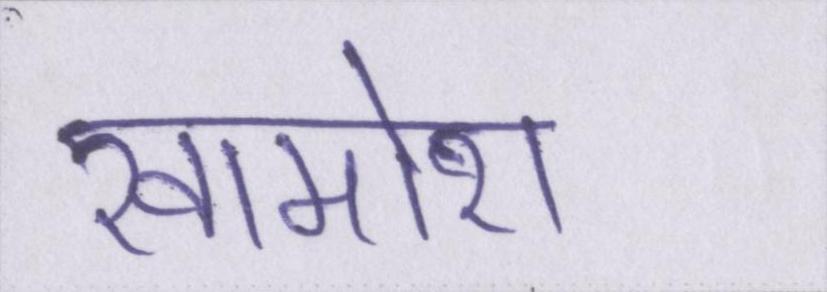
खामोश